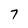
Character: 7